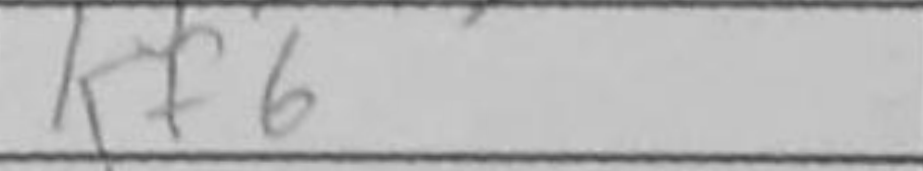
Transcription: Kf6